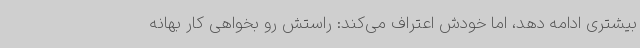
بیشتری ادامه دهد، اما خودش اعتراف می‌کند: راستش رو بخواهی کار بهانه